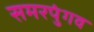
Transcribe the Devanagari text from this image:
समरपुंगव